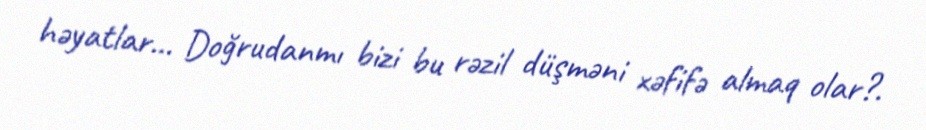
həyatlar… Doğrudanmı bizi bu rəzil düşməni xəfifə almaq olar?.